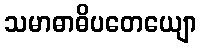
သမာဓာဓိပတေယျော